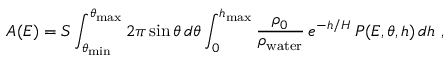
A ( E ) = S \int _ { \theta _ { \mathrm { m i n } } } ^ { \theta _ { \mathrm { m a x } } } 2 \pi \sin \theta \, d \theta \int _ { 0 } ^ { h _ { \mathrm { m a x } } } \frac { \rho _ { 0 } } { \rho _ { \mathrm { w a t e r } } } \, e ^ { - h / H } \, { \cal P } ( E , \theta , h ) \, d h \ ,